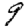
Digit: 9